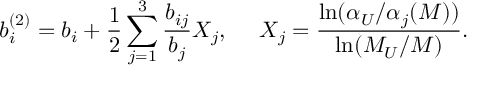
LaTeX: b _ { i } ^ { ( 2 ) } = b _ { i } + \frac 1 2 \sum _ { j = 1 } ^ { 3 } \frac { b _ { i j } } { b _ { j } } X _ { j } , ~ ~ ~ ~ X _ { j } = \frac { \ln ( \alpha _ { U } / \alpha _ { j } ( M ) ) } { \ln ( M _ { U } / M ) } .